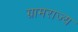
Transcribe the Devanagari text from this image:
ग्रामराज्य